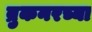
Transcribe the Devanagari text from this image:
ब्रुकनरच्या